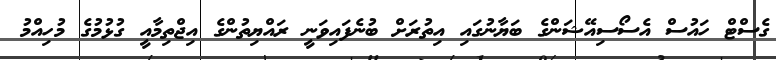
ގެސްޓް ހައުސް އެސޯސިއޭޝަންގެ ބަޔާނުގައި އިތުރަށް ބުނެފައިވަނީ ރައްޔިތުންގެ އިޖްތިމާއީ ގުޅުމުގެ މުހިއްމު